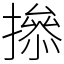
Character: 撡